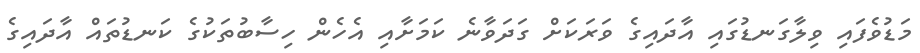
މަޑުވެފައި ވިލާގަނޑުގައި އާދައިގެ ވަރަކަށް ގަދަވާނެ ކަމަށާއި އެހެން ހިސާބުތަކުގެ ކަނޑުތައް އާދައިގެ